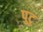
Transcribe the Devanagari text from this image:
पुटु